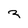
Character: z